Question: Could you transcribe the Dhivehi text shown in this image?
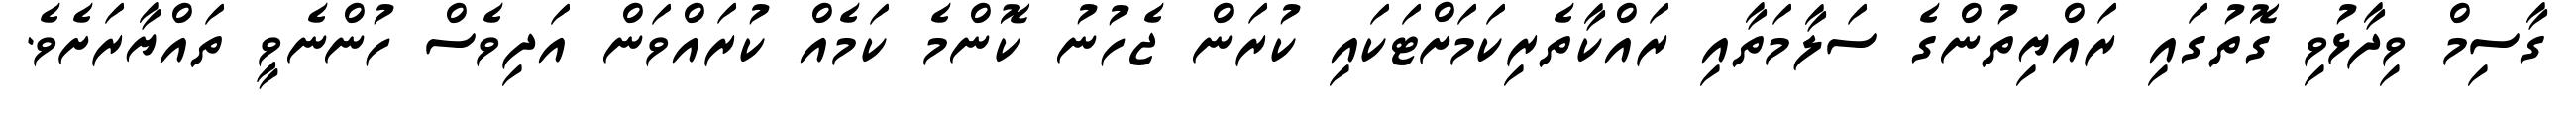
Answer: ގާސިމް ވިދާޅުވި ގޮތުގައި ރައްޔިތުންގެ ސަލާމަތާއި ރައްކާތެރިކަމަށްޓަކައި ކުރަން ޖެހުނު ކޮންމެ ކަމެއް ކުރައްވަން އަދިވެސް ހުންނެވީ ތައްޔާރަށެވެ.